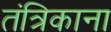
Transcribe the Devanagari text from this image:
तंत्रिकाना